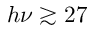
h \nu \gtrsim 2 7